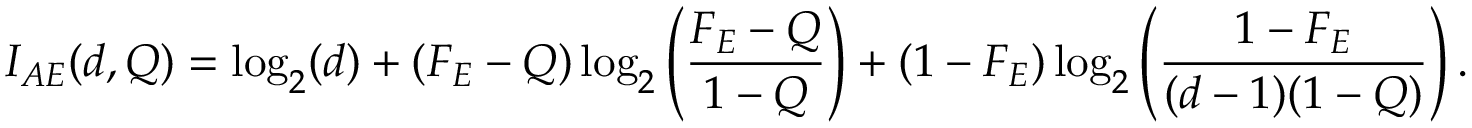
I _ { A E } ( d , Q ) = \log _ { 2 } ( d ) + ( F _ { E } - Q ) \log _ { 2 } \left( \frac { F _ { E } - Q } { 1 - Q } \right) + ( 1 - F _ { E } ) \log _ { 2 } \left( \frac { 1 - F _ { E } } { ( d - 1 ) ( 1 - Q ) } \right) .